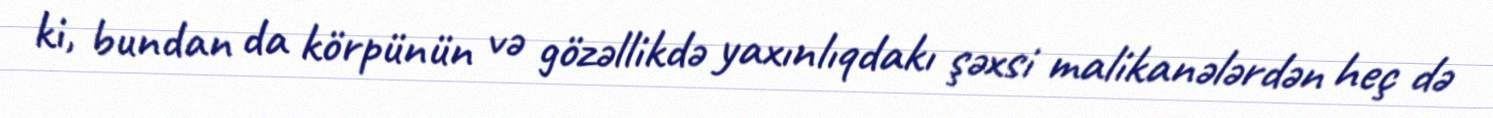
ki, bundan da körpünün və gözəllikdə yaxınlıqdakı şəxsi malikanələrdən heç də